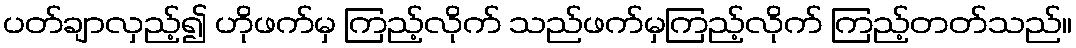
ပတ်ချာလှည့်၍ ဟိုဖက်မှ ကြည့်လိုက် သည်ဖက်မှကြည့်လိုက် ကြည့်တတ်သည်။